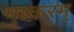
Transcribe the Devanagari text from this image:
पुष्करम्‌